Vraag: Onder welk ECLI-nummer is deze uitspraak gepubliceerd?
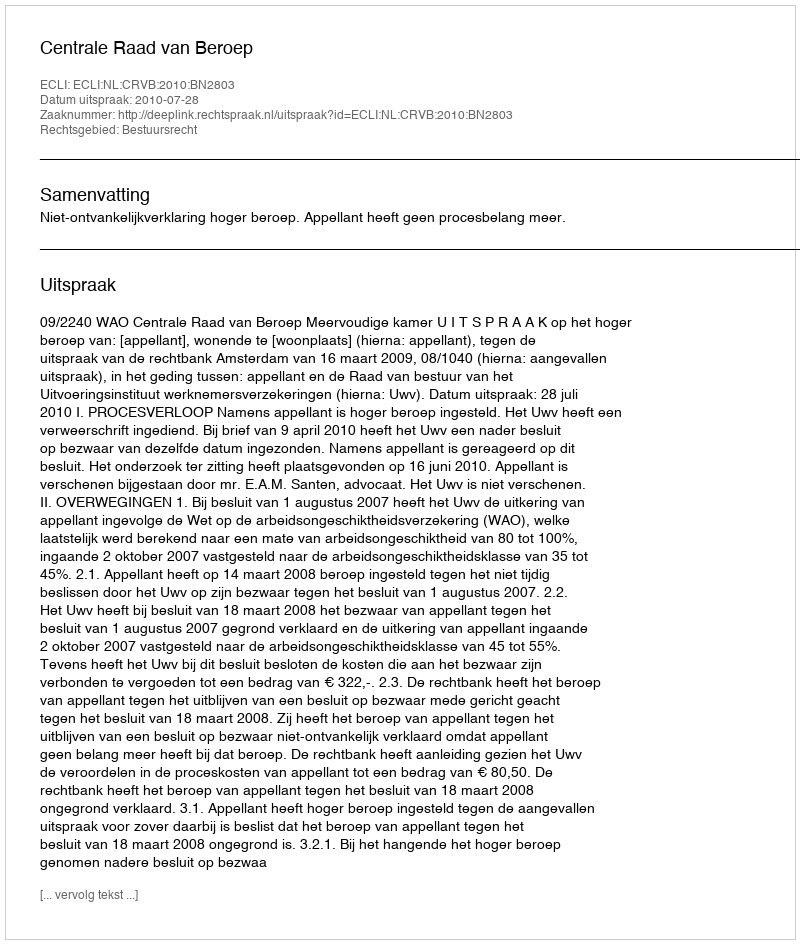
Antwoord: ECLI:NL:CRVB:2010:BN2803